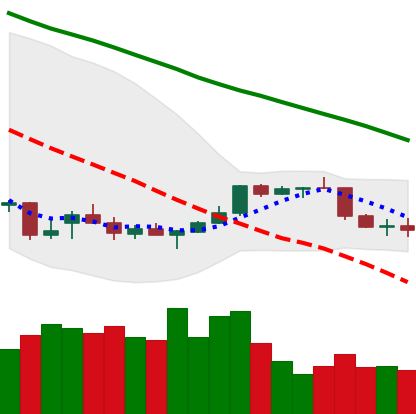
Ticker: NEO-USD
Chart end date: 2021-12-31
Forward return: -4.625%
Label: down_3_5